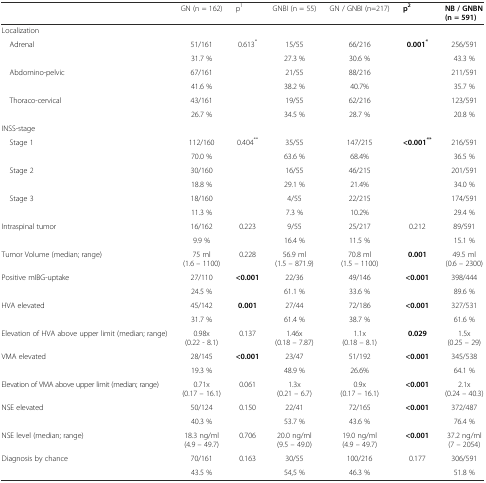
<table><thead><tr><td></td><td><b>GN (n = 162)</b></td><td><b>p<sup>1</sup></b></td><td><b>GNBI (n = 55)</b></td><td><b>GN / GNBI (n=217)</b></td><td><b>p<sup>2</sup></b></td><td><b>NB / GNBN(n = 591)</b></td></tr></thead><tbody><tr><td>Localization</td><td></td><td></td><td></td><td></td><td></td><td></td></tr><tr><td rowspan="2"> Adrenal</td><td>51/161</td><td rowspan="2">0.613<sup>*</sup></td><td>15/55</td><td>66/216</td><td rowspan="2"><b>0.001</b><sup><b>*</b></sup></td><td>256/591</td></tr><tr><td>31.7 %</td><td>27.3 %</td><td>30.6 %</td><td>43.3 %</td></tr><tr><td rowspan="2"> Abdomino-pelvic</td><td>67/161</td><td></td><td>21/55</td><td>88/216</td><td></td><td>211/591</td></tr><tr><td>41.6 %</td><td></td><td>38.2 %</td><td>40.7%</td><td></td><td>35.7 %</td></tr><tr><td rowspan="2"> Thoraco-cervical</td><td>43/161</td><td></td><td>19/55</td><td>62/216</td><td></td><td>123/591</td></tr><tr><td>26.7 %</td><td></td><td>34.5 %</td><td>28.7 %</td><td></td><td>20.8 %</td></tr><tr><td>INSS-stage</td><td></td><td></td><td></td><td></td><td></td><td></td></tr><tr><td rowspan="2"> Stage 1</td><td>112/160</td><td rowspan="2">0.404<sup>**</sup></td><td>35/55</td><td>147/215</td><td rowspan="2"><b>&lt;0.001</b><sup><b>**</b></sup></td><td>216/591</td></tr><tr><td>70.0 %</td><td>63.6 %</td><td>68.4%</td><td>36.5 %</td></tr><tr><td rowspan="2"> Stage 2</td><td>30/160</td><td></td><td>16/55</td><td>46/215</td><td></td><td>201/591</td></tr><tr><td>18.8 %</td><td></td><td>29.1 %</td><td>21.4%</td><td></td><td>34.0 %</td></tr><tr><td rowspan="2"> Stage 3</td><td>18/160</td><td></td><td>4/55</td><td>22/215</td><td></td><td>174/591</td></tr><tr><td>11.3 %</td><td></td><td>7.3 %</td><td>10.2%</td><td></td><td>29.4 %</td></tr><tr><td rowspan="2">Intraspinal tumor</td><td>16/162</td><td rowspan="2">0.223</td><td>9/55</td><td>25/217</td><td rowspan="2">0.212</td><td>89/591</td></tr><tr><td>9.9 %</td><td>16.4 %</td><td>11.5 %</td><td>15.1 %</td></tr><tr><td>Tumor Volume (median; range)</td><td>75 ml(1.6 – 1100)</td><td>0.228</td><td>56.9 ml(1.5 – 871.9)</td><td>70.8 ml(1.5 – 1100)</td><td><b>0.001</b></td><td>49.5 ml(0.6 – 2300)</td></tr><tr><td rowspan="2">Positive mIBG-uptake</td><td>27/110</td><td rowspan="2"><b>&lt;0.001</b></td><td>22/36</td><td>49/146</td><td rowspan="2"><b>&lt;0.001</b></td><td>398/444</td></tr><tr><td>24.5 %</td><td>61.1 %</td><td>33.6 %</td><td>89.6 %</td></tr><tr><td rowspan="2">HVA elevated</td><td>45/142</td><td rowspan="2"><b>0.001</b></td><td>27/44</td><td>72/186</td><td rowspan="2"><b>&lt;0.001</b></td><td>327/531</td></tr><tr><td>31.7 %</td><td>61.4 %</td><td>38.7 %</td><td>61.6 %</td></tr><tr><td>Elevation of HVA above upper limit (median; range)</td><td>0.98x(0.22 - 8.1)</td><td>0.137</td><td>1.46x(0.18 – 7.87)</td><td>1.1x(0.18 – 8.1)</td><td><b>0.029</b></td><td>1.5x(0.25 – 29)</td></tr><tr><td rowspan="2">VMA elevated</td><td>28/145</td><td rowspan="2"><b>&lt;0.001</b></td><td>23/47</td><td>51/192</td><td rowspan="2"><b>&lt;0.001</b></td><td>345/538</td></tr><tr><td>19.3 %</td><td>48.9 %</td><td>26.6%</td><td>64.1 %</td></tr><tr><td>Elevation of VMA above upper limit (median; range)</td><td>0.71x(0.17 – 16.1)</td><td>0.061</td><td>1.3x(0.21 – 6.7)</td><td>0.9x(0.17 – 16.1)</td><td><b>&lt;0.001</b></td><td>2.1x(0.24 – 40.3)</td></tr><tr><td rowspan="2">NSE elevated</td><td>50/124</td><td rowspan="2">0.150</td><td>22/41</td><td>72/165</td><td rowspan="2"><b>&lt;0.001</b></td><td>372/487</td></tr><tr><td>40.3 %</td><td>53.7 %</td><td>43.6 %</td><td>76.4 %</td></tr><tr><td>NSE level (median; range)</td><td>18.3 ng/ml(4.9 – 49.7)</td><td>0.706</td><td>20.0 ng/ml(9.5 – 49.0)</td><td>19.0 ng/ml(4.9 – 49.7)</td><td><b>&lt;0.001</b></td><td>37.2 ng/ml(7 – 2054)</td></tr><tr><td rowspan="2">Diagnosis by chance</td><td>70/161</td><td rowspan="2">0.163</td><td>30/55</td><td>100/216</td><td rowspan="2">0.177</td><td>306/591</td></tr><tr><td>43.5 %</td><td>54,5 %</td><td>46.3 %</td><td>51.8 %</td></tr></tbody></table>